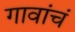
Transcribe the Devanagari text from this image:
गावांचं